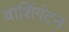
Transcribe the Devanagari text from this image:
वाशिंगंटन